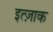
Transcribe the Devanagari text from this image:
इत्ज़ाक